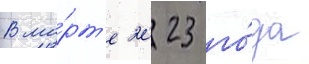
В ма́рт'е 2023 го́да